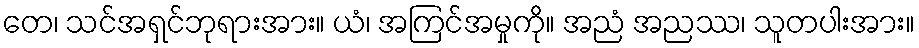
တေ၊ သင်အရှင်ဘုရားအား။ ယံ၊ အကြင်အမှုကို။ အညံ အညဿ၊ သူတပါးအား။